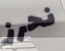
نحرز